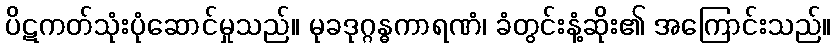
ပိဋကတ်သုံးပုံဆောင်မှုသည်။ မုခဒုဂ္ဂန္ဓကာရဏံ၊ ခံတွင်းနံ့ဆိုး၏ အကြောင်းသည်။